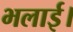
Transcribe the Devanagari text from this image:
भलाई।